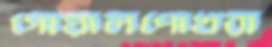
গোয়ালপোখরা